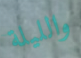
والليلة